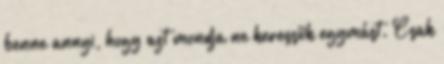
benne annyi, hogy azt mondja ne keressük egymást. Csak